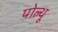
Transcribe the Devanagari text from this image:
पोल्थू